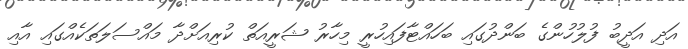
އަދި އަދީބު ފުލުހުންގެ ބަންދުގައި ބަހައްޓާފައިހުރީ މިހާރު ޝަރީއަތް ކުރިއަށްދާ މައްސަލަތަކެއްގައި އާއި